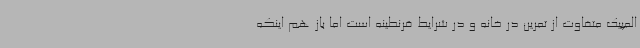
المپیک متفاوت از تمرین در خانه و در شرایط قرنطینه است اما باز هم اینکه